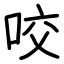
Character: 咬